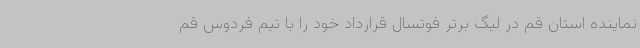
نماینده استان قم در لیگ برتر فوتسال قرارداد خود را با تیم فردوس قم